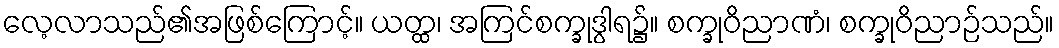
လေ့လာသည်၏အဖြစ်ကြောင့်။ ယတ္ထ၊ အကြင်စက္ခုဒွါရ၌။ စက္ခုဝိညာဏံ၊ စက္ခုဝိညာဉ်သည်။